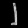
Digit: ၂